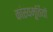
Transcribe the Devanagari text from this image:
कांस्यमूर्तियों